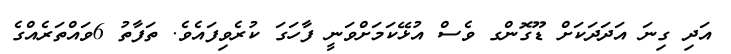
އަދި ގިނަ އަދަދަކަށް ޑޫގޮންގ ވެސް އުޅޭކަމަށްވަނީ ފާހަގަ ކުރެވިފައެވެ. ތަފާތު 6ވައްތަރެއްގެ